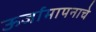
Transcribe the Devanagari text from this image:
ऊर्जामापनाचे